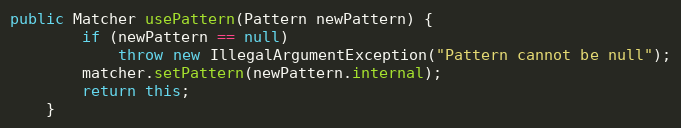
Language: Java
public Matcher usePattern(Pattern newPattern) {
        if (newPattern == null)
            throw new IllegalArgumentException("Pattern cannot be null");
        matcher.setPattern(newPattern.internal);
        return this;
    }